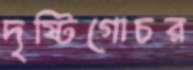
দৃষ্টিগোচর